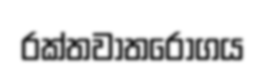
රක්තවාතරෝගය